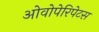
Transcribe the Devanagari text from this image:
ओवोपेरिपेटस